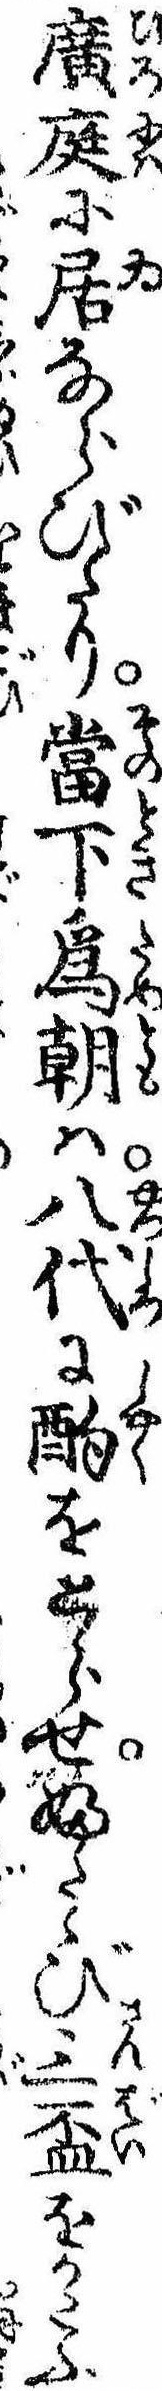
広庭に居ならびたり当下為朝は八代に酌をとらせふたゝび三杯をかたふ